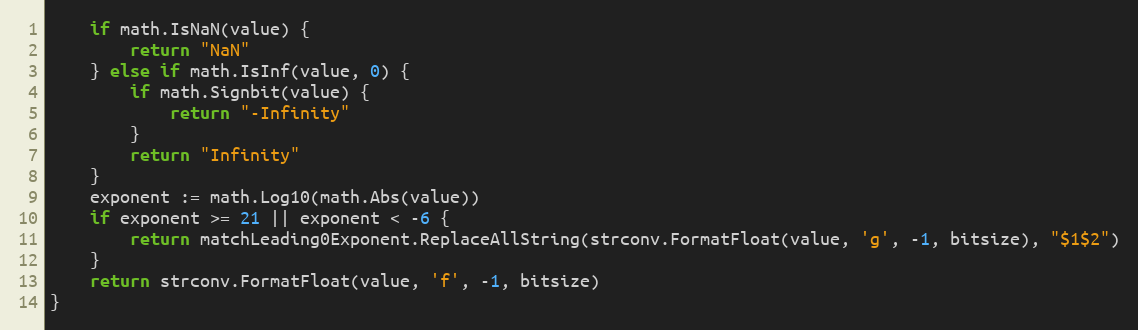
Language: Go
	if math.IsNaN(value) {
		return "NaN"
	} else if math.IsInf(value, 0) {
		if math.Signbit(value) {
			return "-Infinity"
		}
		return "Infinity"
	}
	exponent := math.Log10(math.Abs(value))
	if exponent >= 21 || exponent < -6 {
		return matchLeading0Exponent.ReplaceAllString(strconv.FormatFloat(value, 'g', -1, bitsize), "$1$2")
	}
	return strconv.FormatFloat(value, 'f', -1, bitsize)
}